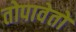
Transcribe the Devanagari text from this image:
तोपावेतो